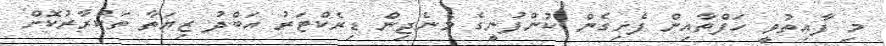
މި ފާއިތުވީ ހަފްތާއިން ފެށިގެން ކުންފުނީގެ މެނެޖިން ޑިރެކްޓަރު އަބްދު ޒިޔަތާ ތަކުރާރުކޮށް